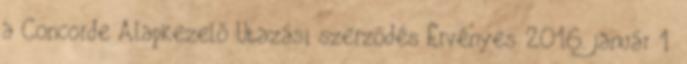
a Concorde Alapkezelő Utazási szerződés Érvényes 2016. január 1.